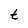
Character: t